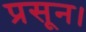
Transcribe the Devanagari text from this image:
प्रसून।